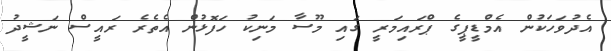
އެދުވަހަކުން އެމްޑީޕީގެ ޕްރައިމަރީ ގައި މޫސާ މަނިކު ހަފޮޅުން އެތެރެ ރައީސް ނަޝީދު